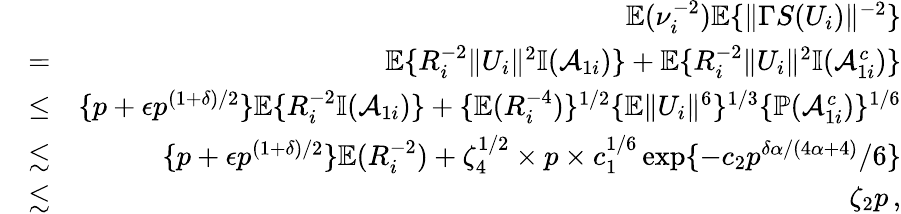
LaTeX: \begin{array}{rlr}&{}&{{\mathbb{E}}(\nu_{i}^{-2}){\mathbb{E}}\{ \| \Gamma S(U_{i})\| ^{-2}\} }\\ &{=}&{{\mathbb{E}}\{ R_{i}^{-2}\| U_{i}\| ^{2}{\mathbb{I}}(\mathcal{A}_{1i})\} +{\mathbb{E}}\{ R_{i}^{-2}\| U_{i}\| ^{2}{\mathbb{I}}(\mathcal{A}_{1i}^{c})\} }\\ &{\leq}&{\{ p+\epsilon p^{(1+\delta)/2}\} {\mathbb{E}}\{ R_{i}^{-2}{\mathbb{I}}(\mathcal{A}_{1i})\} +\{ {\mathbb{E}}(R_{i}^{-4})\} ^{1/2}\{ {\mathbb{E}}\| U_{i}\| ^{6}\} ^{1/3}\{ {\mathbb{P}}(\mathcal{A}_{1i}^{c})\} ^{1/6}}\\ &{\lesssim}&{\{ p+\epsilon p^{(1+\delta)/2}\} {\mathbb{E}}(R_{i}^{-2})+\zeta_{4}^{1/2}\times p\times c_{1}^{1/6}\exp\{ -c_{2}p^{\delta\alpha/(4\alpha+4)}/6\} }\\ &{\lesssim}&{\zeta_{2}p\, ,}\end{array}